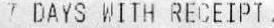
7 DAYS WITH RECEIPT.